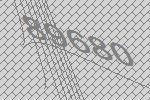
89680